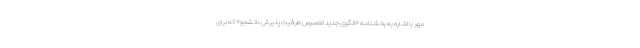
مهر با اشاره به بخشنامه «الگوی جدید تخصیص ظرفیت پذیرش دانشجو» که برای